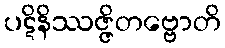
ပဋိနိဿဇ္ဇိတဗ္ဗောတိ